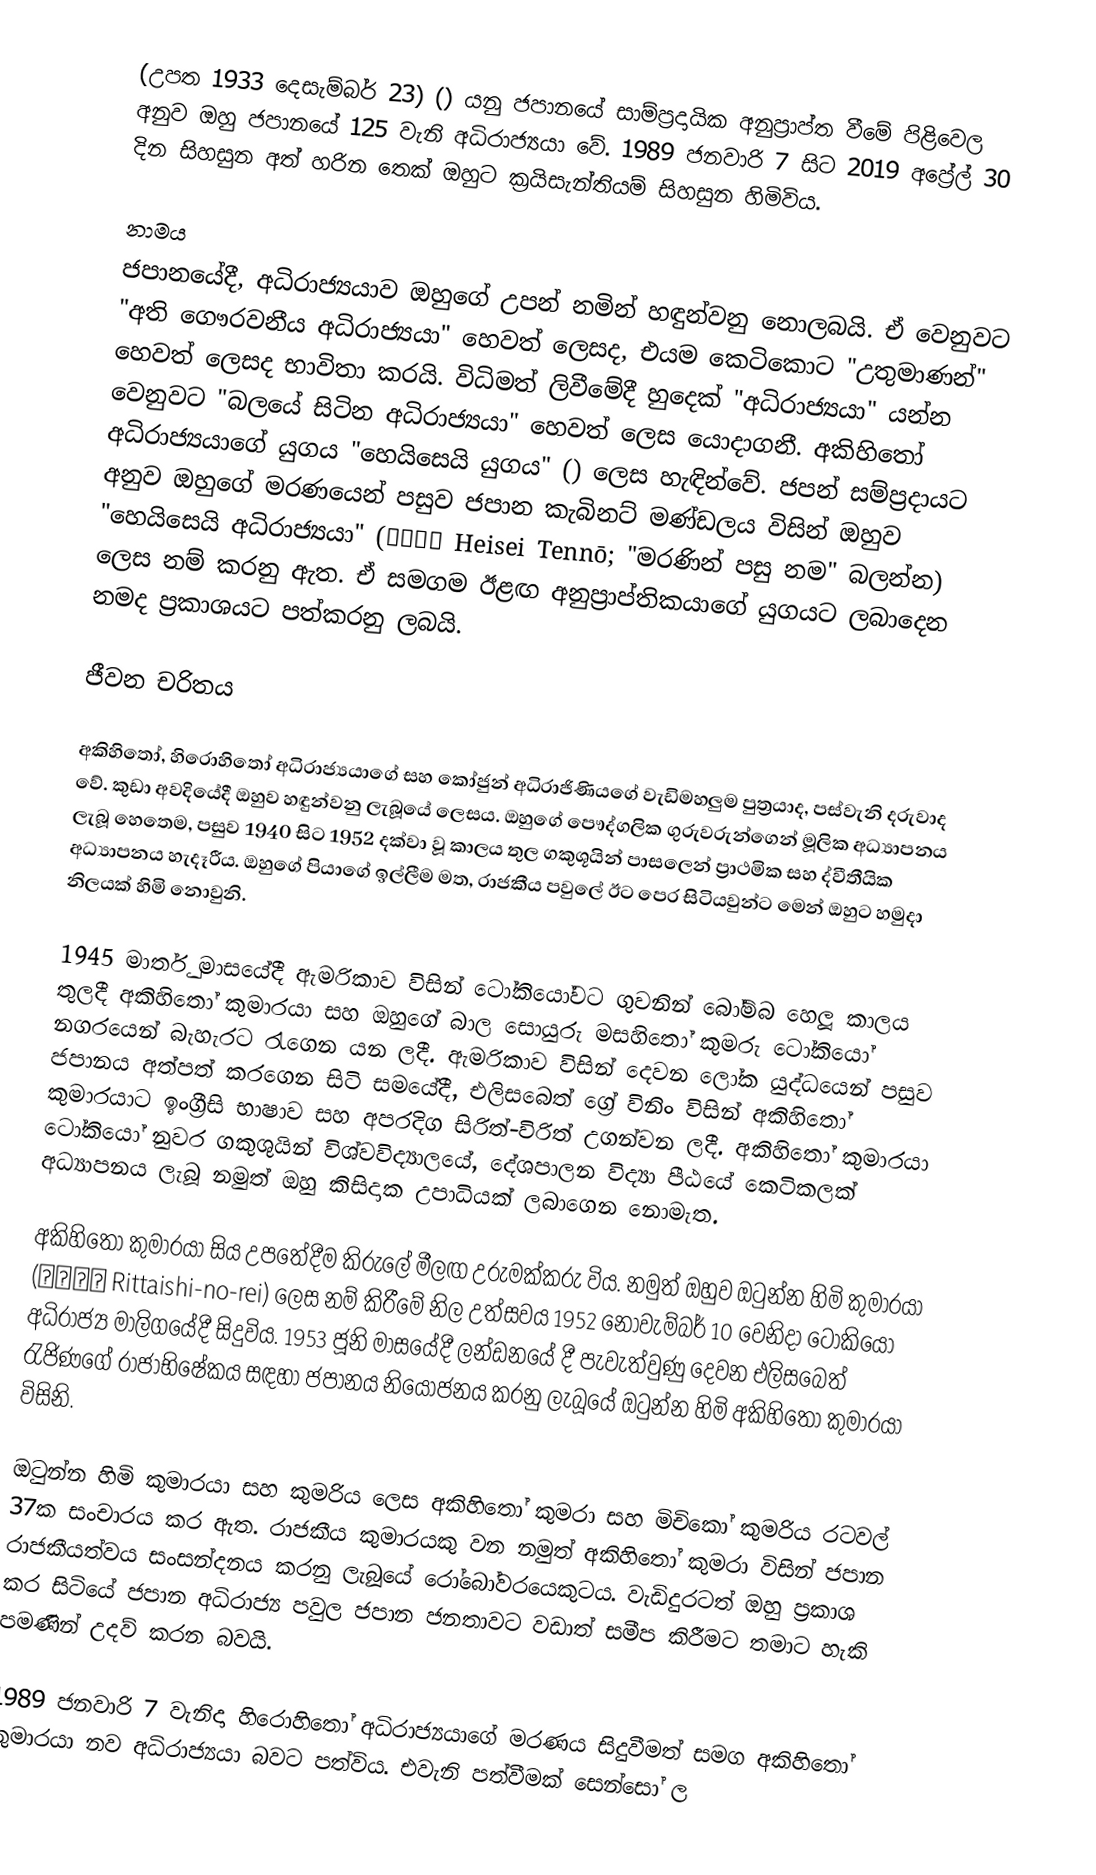
(උපත 1933 දෙසැම්බර් 23) () යනු  ජපානයේ සාම්ප්‍රදායික අනුප්‍රාප්ත වීමේ පිළිවෙල අනුව ඔහු ජපානයේ 125 වැනි අධිරාජ්‍යයා වේ. 1989 ජනවාරි 7 සිට 2019  අප්‍රේල් 30 දින සිහසුන අත් හරින තෙක්  ඔහුට ක්‍රයිසැන්තියම් සිහසුන හිමිවිය.

නාමය
ජපානයේදී, අධිරාජ්‍යයාව ඔහුගේ උපන් නමින් හඳුන්වනු නොලබයි. ඒ වෙනුවට "අති ගෞරවනීය අධිරාජ්‍යයා" හෙවත්  ලෙසද, එයම කෙටිකොට "උතුමාණන්" හෙවත්  ලෙසද  භාවිතා කරයි.  විධිමත් ලිවීමේදී හුදෙක් "අධිරාජ්‍යයා" යන්න වෙනුවට "බලයේ සිටින අධිරාජ්‍යයා" හෙවත්  ලෙස යොදාගනී. අකිහිතෝ අධිරාජ්‍යයාගේ යුගය "හෙයිසෙයි යුගය" () ලෙස හැඳින්වේ. ජපන් සම්ප්‍රදායට අනුව ඔහුගේ මරණයෙන් පසුව ජපාන කැබිනට් මණ්ඩලය විසින් ඔහුව "හෙයිසෙයි අධිරාජ්‍යයා" (平成天皇 Heisei Tennō; "මරණින් පසු නම" බලන්න) ලෙස නම් කරනු ඇත. ඒ සමගම ඊළඟ අනුප්‍රාප්තිකයාගේ යුගයට ලබාදෙන නමද ප්‍රකාශයට පත්කරනු ලබයි.

ජීවන චරිතය

අකිහිතෝ, හිරොහිතෝ අධිරාජ්‍යයාගේ සහ කෝජුන් අධිරාජිණියගේ වැඩිමහලුම පුත්‍රයාද, පස්වැනි දරුවාද වේ. කුඩා අවදියේදී ඔහුව හඳුන්වනු ලැබූයේ  ලෙසය. ඔහුගේ පෞද්ගලික ගුරුවරුන්ගෙන් මූලික අධ්‍යාපනය ලැබූ හෙතෙම, පසුව 1940 සිට 1952 දක්වා වූ කාලය තුල ගකුශූයින් පාසලෙන් ප්‍රාථමික සහ ද්වීතීයික අධ්‍යාපනය හැදෑරීය. ඔහුගේ පියාගේ ඉල්ලීම මත, රාජකීය පවුලේ ඊට පෙර සිටියවුන්ට මෙන් ඔහුට හමුදා නිලයක් හිමි නොවුනි.

1945 මාර්තු මාසයේදී ඇමරිකාව විසින් ටෝකියෝවට ගුවනින් බෝම්බ හෙලූ කාලය තුලදී අකිහිතෝ කුමාරයා සහ ඔහුගේ බාල සොයුරු  මසහිතෝ කුමරු ටෝකියෝ නගරයෙන් බැහැරට රැගෙන යන ලදී. ඇමරිකාව විසින් දෙවන ලෝක යුද්ධයෙන් පසුව ජපානය අත්පත් කරගෙන සිටි සමයේදී, එලිසබෙත් ග්‍රේ විනිං විසින් අකිහිතෝ කුමාරයාට ඉංග්‍රීසි භාෂාව සහ අපරදිග සිරිත්-විරිත් උගන්වන ලදී. අකිහිතෝ කුමාරයා ටෝකියෝ නුවර ගකුශුයින් විශ්වවිද්‍යාලයේ, දේශපාලන විද්‍යා පීඨයේ කෙටිකලක් අධ්‍යාපනය ලැබූ නමුත් ඔහු කිසිදාක උපාධියක් ලබාගෙන නොමැත.

අකිහිතෝ කුමාරයා සිය උපතේදීම  කිරුලේ මීලඟ උරුමක්කරු විය. නමුත් ඔහුව ඔටුන්න හිමි කුමාරයා (立太子礼 Rittaishi-no-rei) ලෙස නම් කිරීමේ නිල උත්සවය 1952 නොවැම්බර් 10 වෙනිදා ටෝකියෝ අධිරාජ්‍ය මාලිගයේදී සිදුවිය. 1953 ජූනි මාසයේදී ලන්ඩනයේ දී පැවැත්වුණු දෙවන එලිසබෙත් රැජිණගේ රාජාභිෂේකය සඳහා ජපානය නියෝජනය කරනු ලැබූයේ ඔටුන්න හිමි අකිහිතෝ කුමාරයා විසිනි.

ඔටුන්න හිමි කුමාරයා සහ කුමරිය ලෙස අකිහිතෝ කුමරා සහ මිචිකෝ කුමරිය රටවල් 37ක සංචාරය කර ඇත. රාජකීය කුමාරයකු වන නමුත් අකිහිතෝ කුමරා විසින් ජපාන රාජකීයත්වය සංසන්දනය කරනු ලැබූයේ රෝබෝවරයෙකුටය. වැඩිදුරටත් ඔහු ප්‍රකාශ කර සිටියේ ජපාන අධිරාජ්‍ය පවුල ජපාන ජනතාවට වඩාත් සමීප කිරීමට තමාට හැකි පමණින් උදව් කරන බවයි.

1989 ජනවාරි 7 වැනිදා හිරොහිතෝ අධිරාජ්‍යයාගේ මරණය සිදුවීමත් සමග අකිහිතෝ කුමාරයා නව අධිරාජ්‍යයා බවට පත්විය. එවැනි පත්වීමක් සෙන්සෝ ල